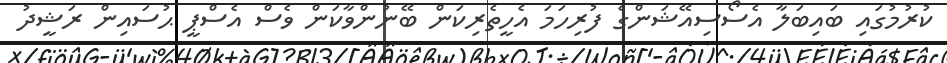
ކުރުމުގައި ބައިބަލާ އެސޯސިއޭޝަންގެ ފުރިހަމަ އެހީތެރިކަން ބޭނުންވާކަން ވެސް އެސްޕީ ޙުސައިން ރަޝީދު